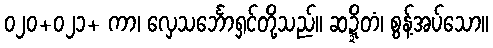
၀၂၀+၀၂၁+ ကာ၊ လှေသင်္ဘောရှင်တို့သည်။ ဆဍ္ဍိတံ၊ စွန့်အပ်သော။